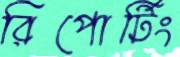
রিপোর্টিং